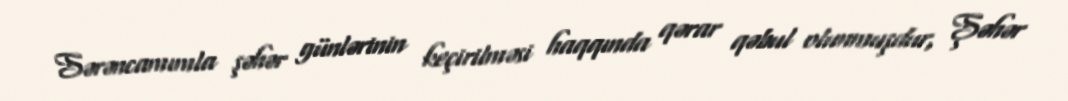
Sərəncamımla şəhər günlərinin keçirilməsi haqqında qərar qəbul olunmuşdur, Şəhər